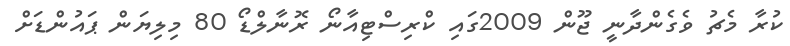
ކުރާ މެޗު ވެގެންދާނީ ޖޫން 2009ގައި ކްރިސްޓިއާނޯ ރޮނާލްޑޯ 80 މިލިޔަން ޕައުންޑަށް